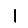
Digit: 1